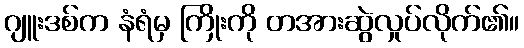
ဂျူးဒစ်က နံရံမှ ကြိုးကို တအားဆွဲလှုပ်လိုက်၏။